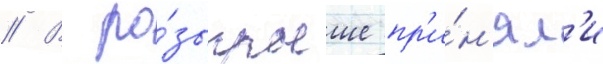
// В ро́зыгрыше пр'и́н'ял'и